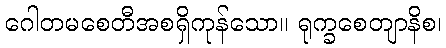
ဂေါတမစေတီအစရှိကုန်သော။ ရုက္ခစေတျာနိစ၊